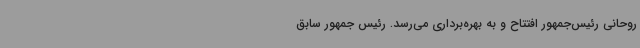
روحانی رئیس‌جمهور افتتاح و به بهره‌برداری می‌رسد. رئیس جمهور سابق